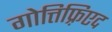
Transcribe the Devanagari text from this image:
गोत्तिफ़्रिएद